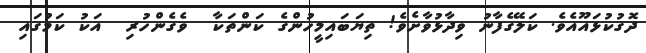
ދޮގުކުޅައޫއެވެ. ކަލޭގެފާނު ވިދާޅުވާށެވެ! ތިޔަބައިމީހުންގެ ކަންތަކާ  ވެގެންހުރި  އަކު ކަމުގައި